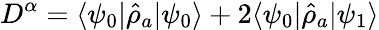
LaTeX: D^{\alpha}=\langle\psi_{0}\vert\hat{\rho}_{a}\vert\psi_{0}\rangle+2\langle\psi_{0}\vert\hat{\rho}_{a}\vert\psi_{1}\rangle